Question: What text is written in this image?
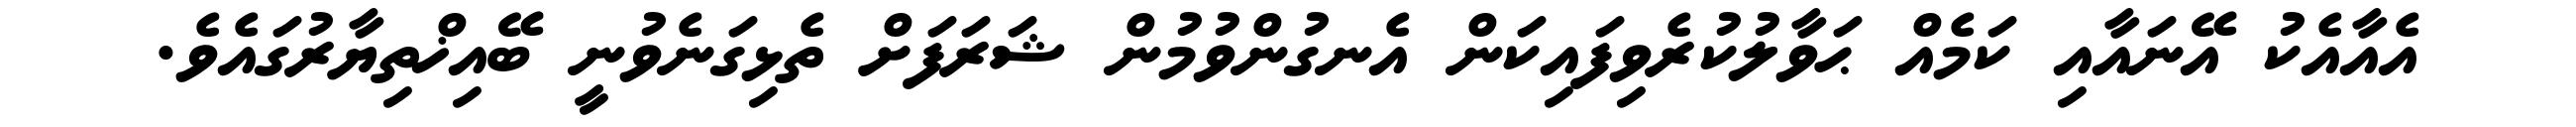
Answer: އެއާއެކު އޭނައާއި ކަމެއް ޙަވާލުކުރެވިފައިކަން އެނގުންވުމުން ޝަރަފަށް ތެޅިގަނެވުނީ ބޭއިޚްތިޔާރުގައެވެ.